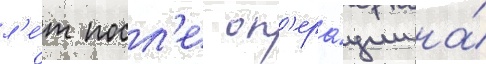
л'е́т посл'е оп'ера́ции на́